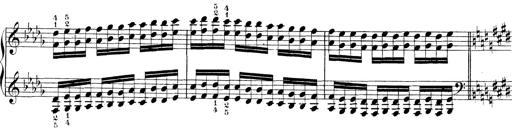
Title: Technische Studien
Composer: Franz Liszt